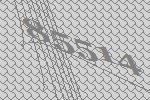
85514